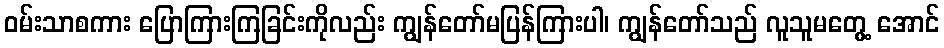
ဝမ်းသာစကား ပြောကြားကြခြင်းကိုလည်း ကျွန်တော်မပြန်ကြားပါ၊ ကျွန်တော်သည် လူသူမတွေ့ အောင်